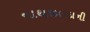
નાથજીદાદાની